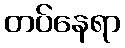
တပ်နေရာ